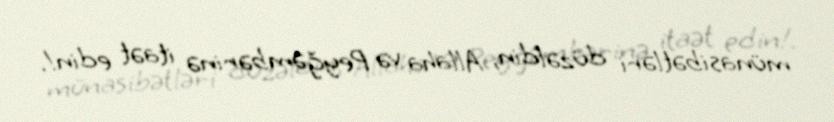
münasibətləri düzəldin, Allaha və Peyğəmbərinə itaət edin!.